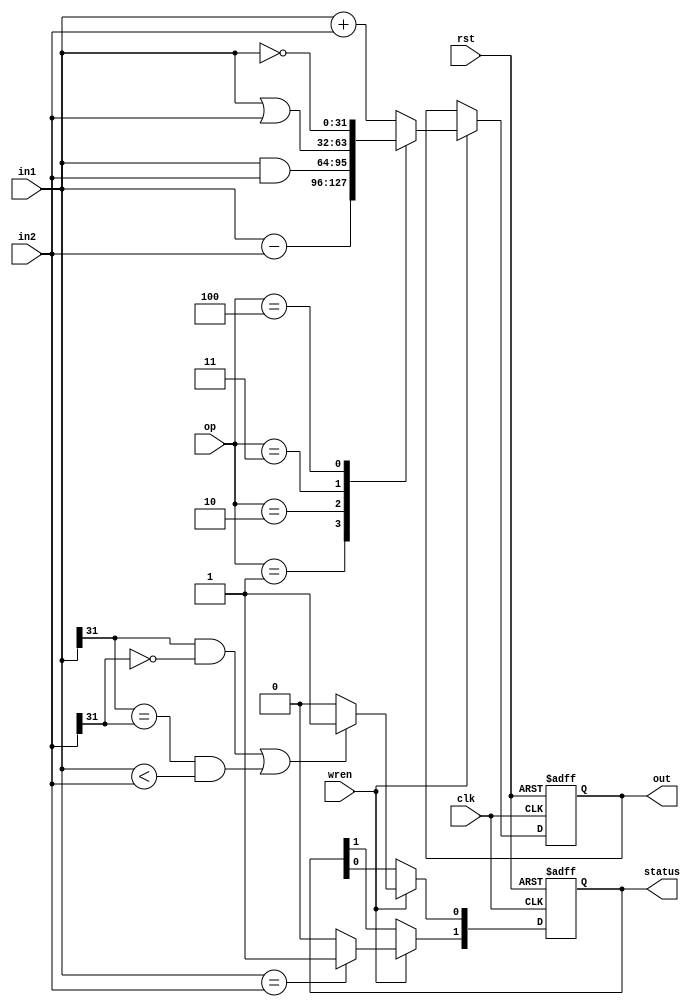
module ProcessorALU (
	clk,
	rst,
	
	in1,
	in2,
	op,
		
	wren,
	status,
	out	
);


//------------------------------------------------------------------
//                 -- Input/Output Declarations --                  
//------------------------------------------------------------------
input [31:0]in1;
input [31:0]in2;
input [2:0]op;
input clk, rst, wren;

output [1:0]status;
output [31:0]out;
reg [1:0]status;
reg [31:0]out;


//------------------------------------------------------------------
//                 -- Begin Declarations & Coding --                  
//------------------------------------------------------------------

parameter add = 3'd0,
			 sub = 3'd1,
			 aand = 3'd2,
			 oor = 3'd3,
			 nnot = 3'd4;


always @(posedge clk or negedge rst)
begin
	if (rst == 1'b0)
	begin
		out <= 32'h00000000;
		status <= 2'b00;
	end
	else if (wren == 1'b1)
	begin
		case (op)
			add: out <= in1 + in2;
			sub: out <= in1 - in2;
			aand: out <= in1 & in2;
			oor: out <= in1 | in2;
			nnot: out <= ~in1;
			default: out <= in1 + in2;
		endcase
		
		if (in1 == in2)
			status[1] <= 1'b1;
		else
			status[1] <= 1'b0;
			
		if (	(in1[31] == 1'b1 && in2[31] == 1'b0) || (in1[31] == in2[31] && in1 < in2) )
			status[0] <= 1'b1;
		else
			status[0] <= 1'b0;
			
	end
	
end



endmodule